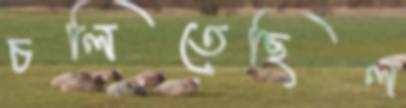
চলিতেছিল